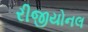
રીજીયોનલ